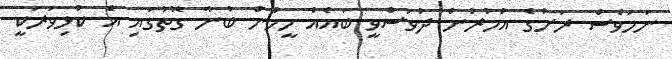
ނަމަވެސް ރަށުގެ އުމުރުން ދުވަސްވީ ބައެއް މީހުން ބުނާ ގޮތުގައި އެ ކުޅިވަރަކީ